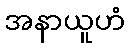
အနာယူဟံ